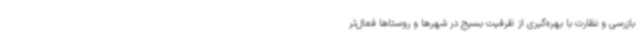
بازرسی و نظارت با بهره‌گیری از ظرفیت بسیج در شهرها و روستاها فعال‌تر